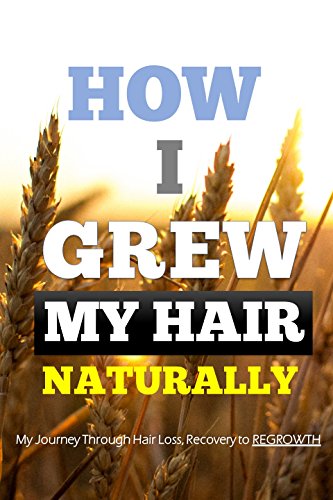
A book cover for How I Grew My Hair Naturally: My Journey Through Hair Loss, Recovery to Regrowth; Sasi Kumar; Health, Fitness & Dieting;